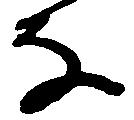
な